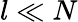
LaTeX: l\ll N